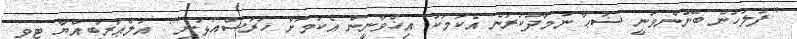
"ފުލުހުން ބޭނުންވަނީ ޟުޙާ ނަމާދުކުރަން އެކަމަކު އިޚްވާނީން އެކަމަށް ހުރަސްއަޅަނީ": އަލްޢަރަބިއްޔާ ޓީވީ